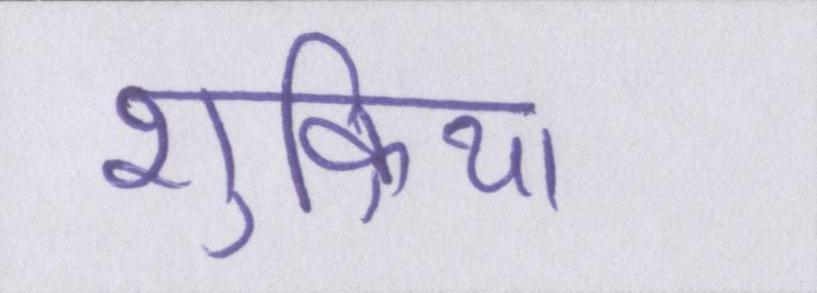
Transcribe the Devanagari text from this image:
शुक्रिया